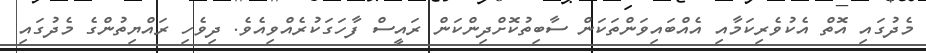
މެދުގައި އޮތް އެކުވެރިކަމާއި އެއްބައިވަންތަކަން ސާބިތުކޮށްދިންކަން ރައީސް ފާހަގަކުރެއްވިއެވެ. ދިވެހި ރައްޔިތުންގެ މެދުގައި